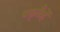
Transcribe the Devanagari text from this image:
पछ्तैहें